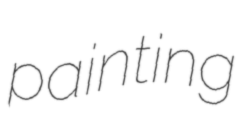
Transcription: painting